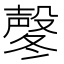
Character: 㲇